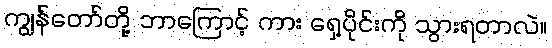
ကျွန်တော်တို့ ဘာကြောင့် ကား ရှေ့ပိုင်းကို သွားရတာလဲ။